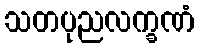
သတပုညလက္ခဏံ